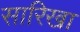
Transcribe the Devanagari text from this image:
सारिखा